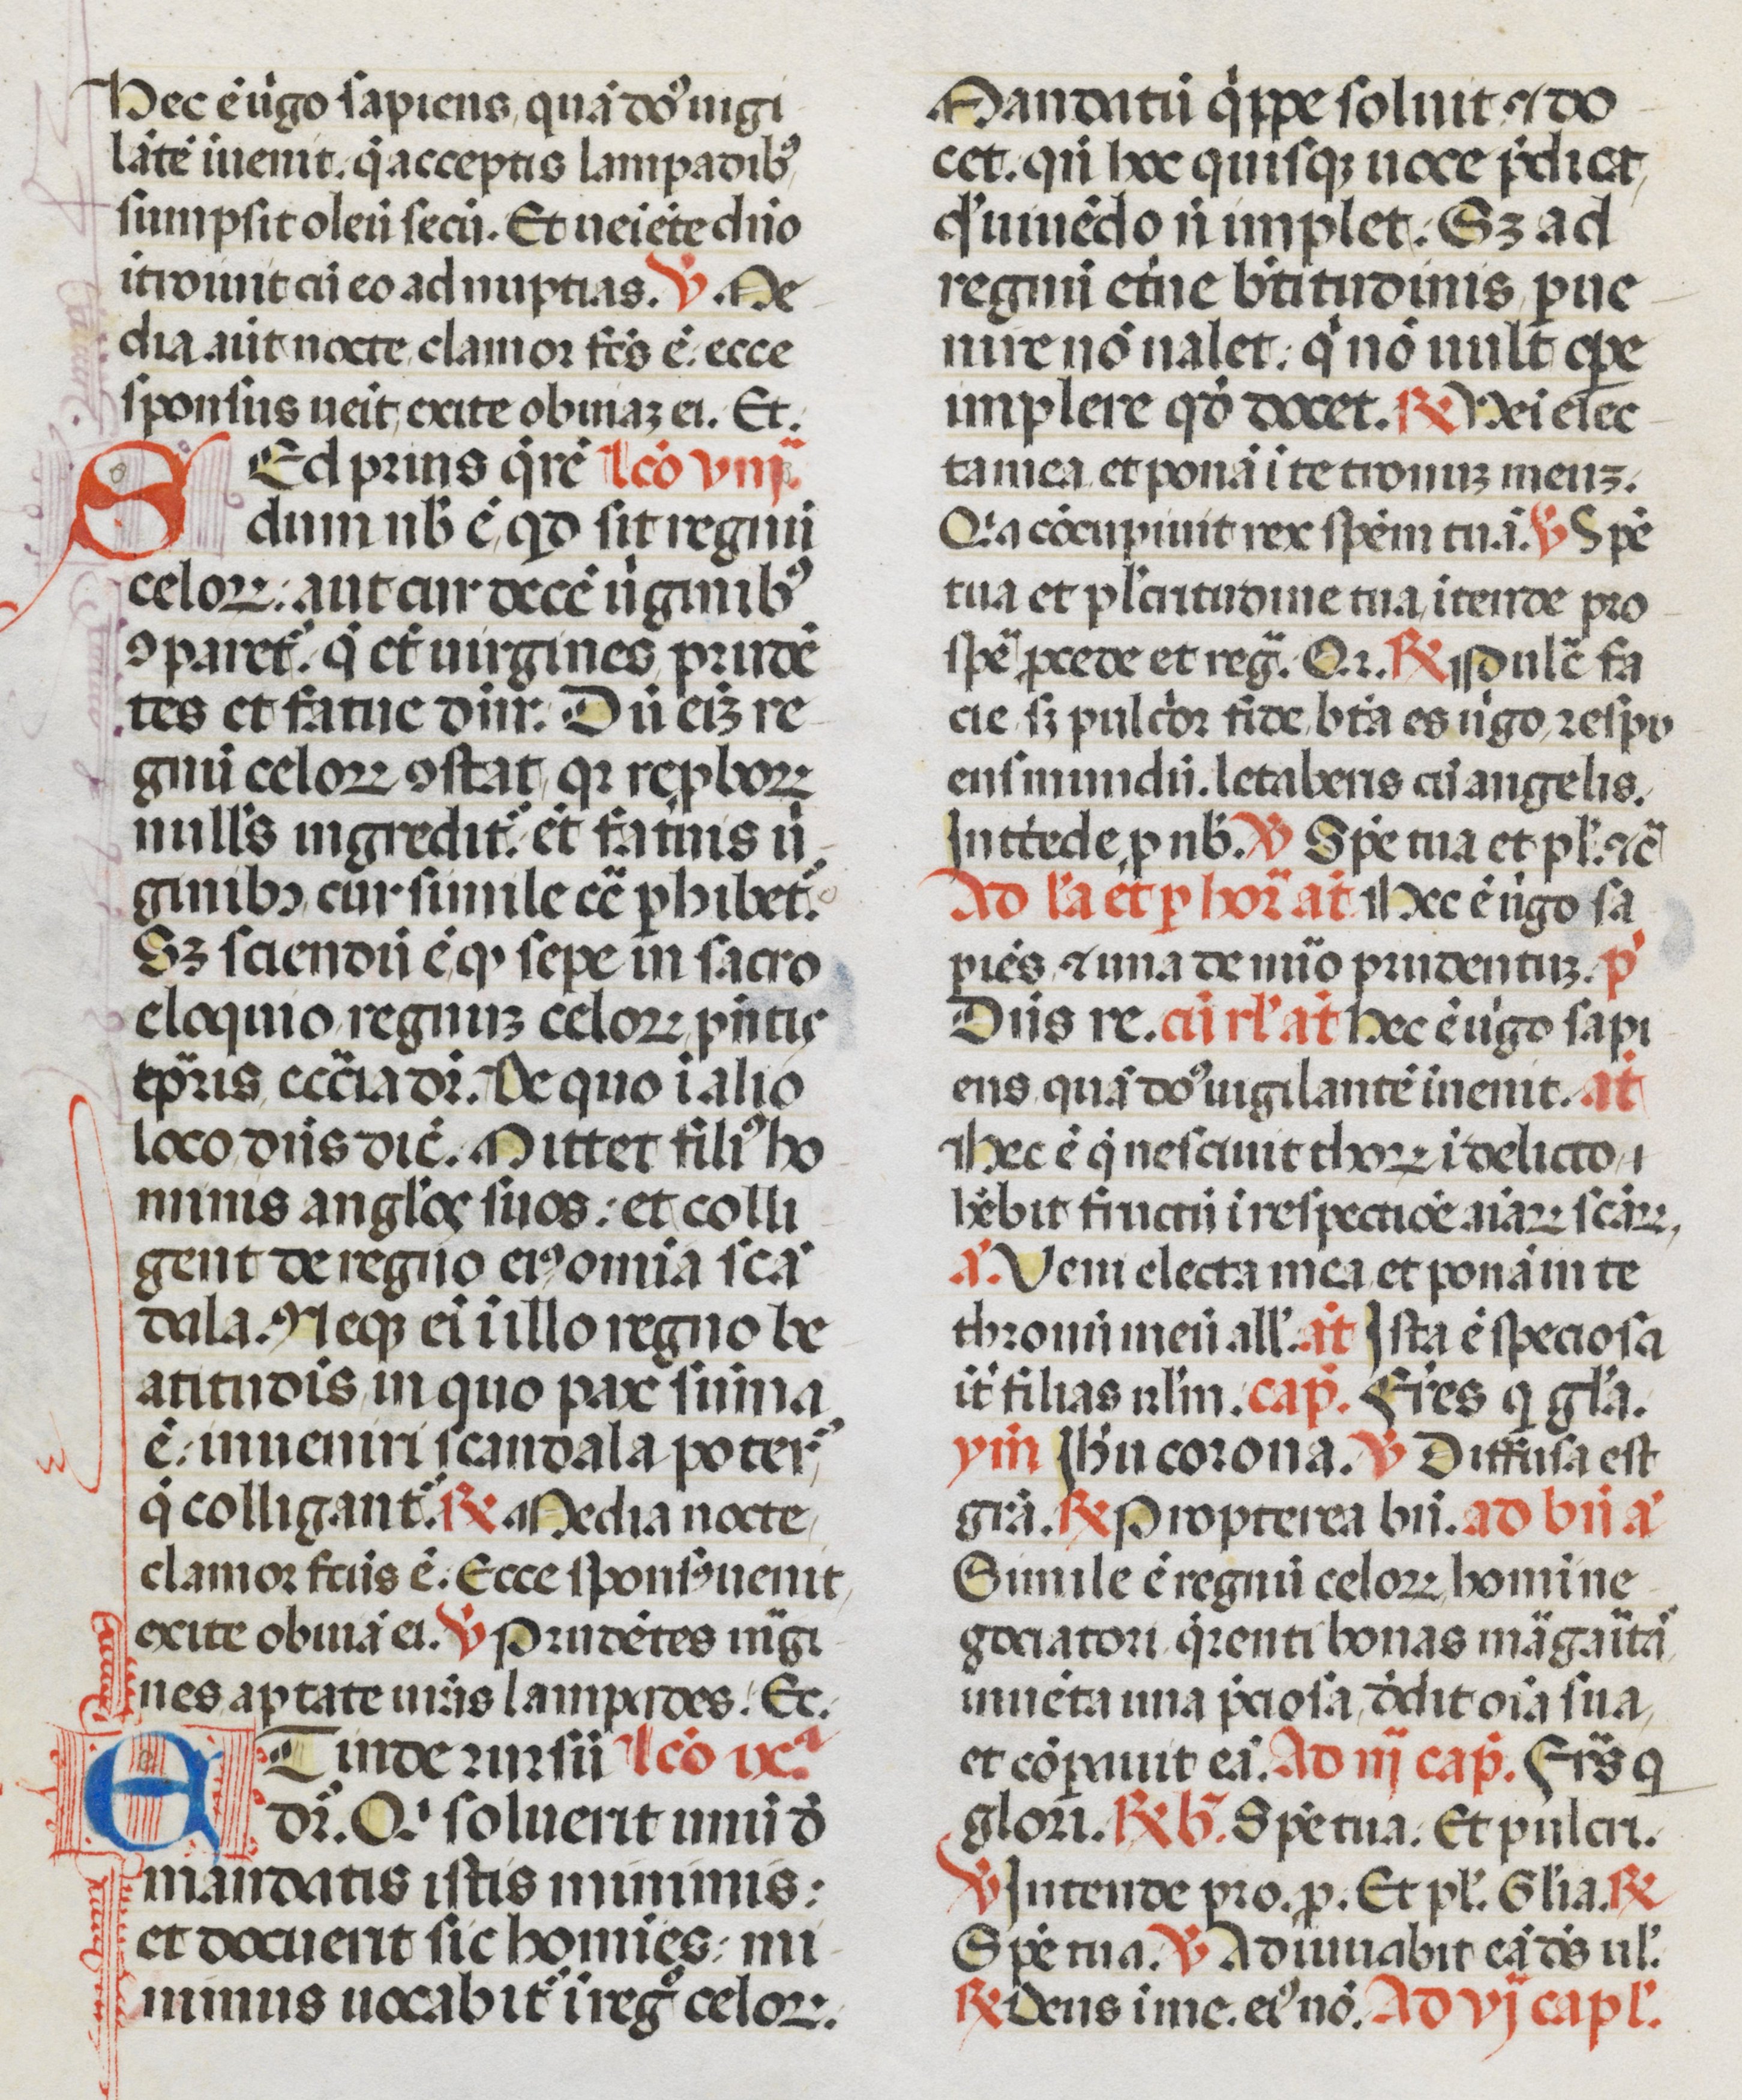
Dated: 1470–1471